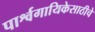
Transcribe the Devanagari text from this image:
पार्श्वगायिकेसाठीचे